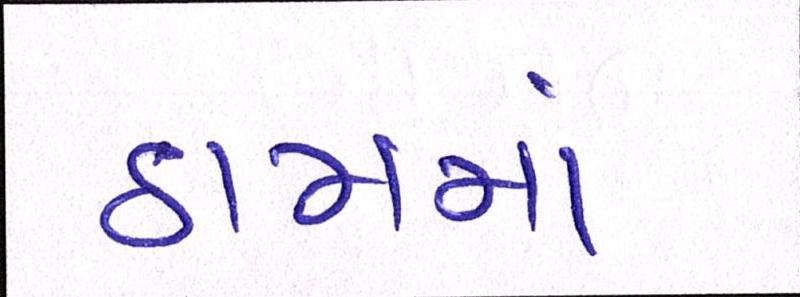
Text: ઠામમાં